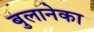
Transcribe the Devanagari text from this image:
बुलानेका